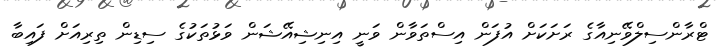
ޓްރާންސިލްވޭނިއާގެ ރަށަކަށް އުފަން އިސްތަވާން ވަނީ އިނިޝިއޭޝަން ވަޅުތަކުގެ ސިޑިން ތިރިއަށް ފައިބާ